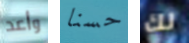
وأعد حسنا لك